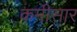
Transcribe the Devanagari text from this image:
कमीसार